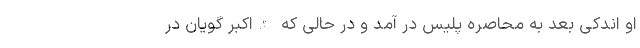
او اندکی بعد به محاصره پلیس در آمد و در حالی که الله‌اکبر گویان در